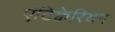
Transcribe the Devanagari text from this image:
एंटिक्वेरियन